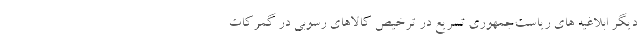
دیگر ابلاغیه های ریاست‌جمهوری تسریع در ترخیص کالاهای رسوبی در گمرکات